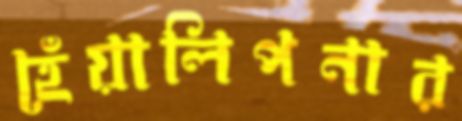
হেঁয়ালিপনার